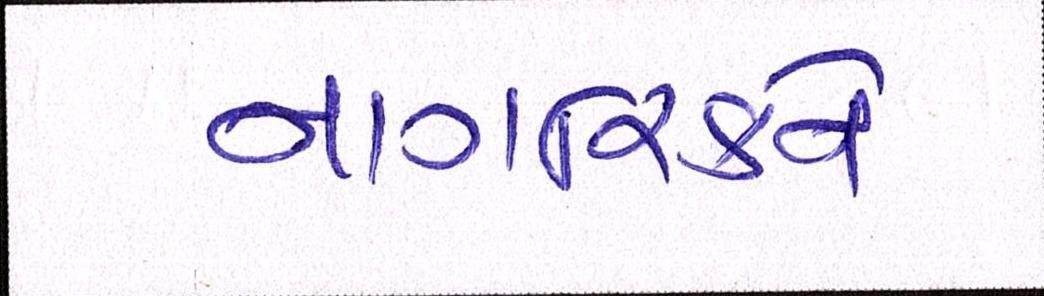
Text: નાગરિકને